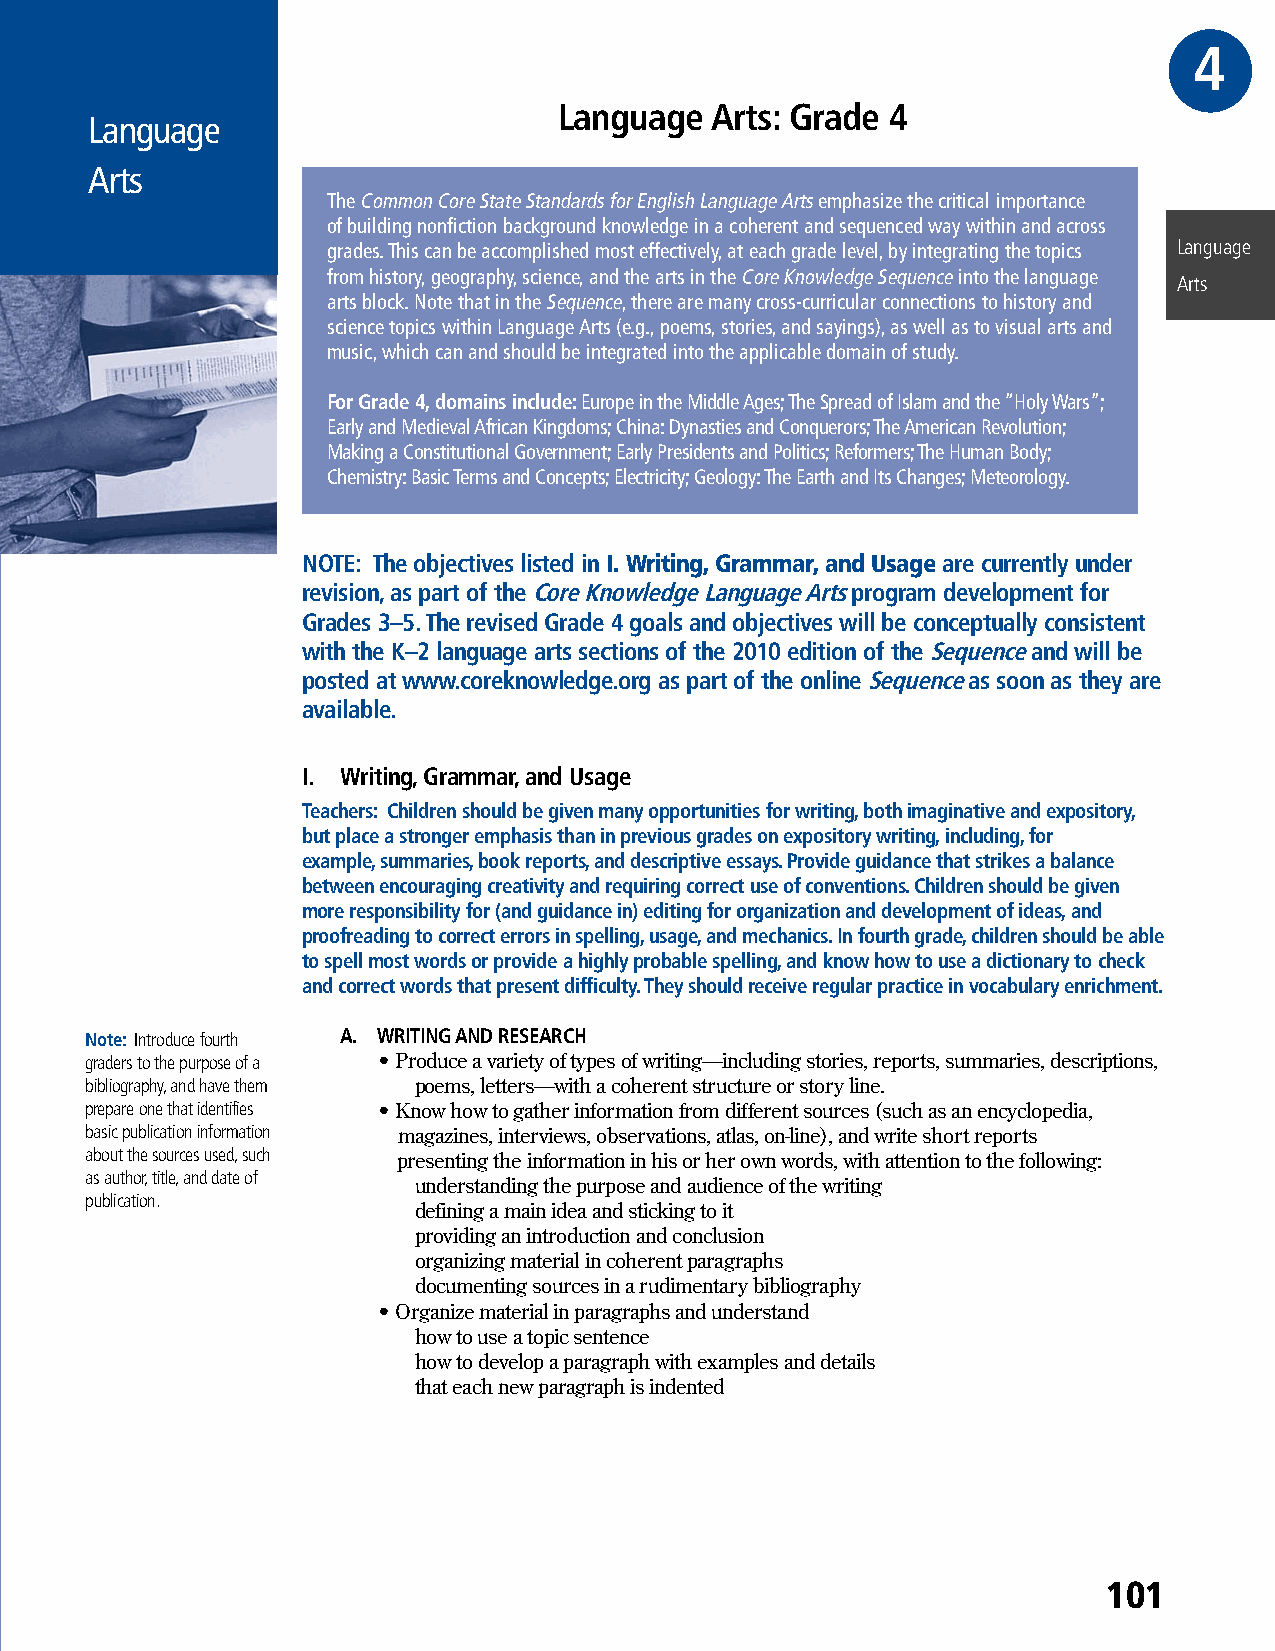
4GR
 Language  Arts: Grade 4
 Language
 Arts
 The Common Core State Standards for English Language Arts emphasize the critical importance
 of building nonfiction background knowledge in a coherent and sequenced way within and across
 grades. This can be accomplished most effectively, at each grade level, by integrating the topics Language
 from history, geography, science, and the arts in the Core Knowledge Sequence into the language
 Arts
 arts block. Note that in the Sequence, there are many cross-curricular connections to history and
 science topics within Language Arts (e.g., poems, stories, and sayings), as well as to visual arts and
 music, which can and should be integrated into the applicable domain of study.
 For Grade 4, domains include: Europe in the Middle Ages; The Spread of Islam and the “Holy Wars”;
 Early and Medieval African Kingdoms; China: Dynasties and Conquerors; The American Revolution;
 Making a Constitutional Government; Early Presidents and Politics; Reformers; The Human Body;
 Chemistry: Basic Terms and Concepts; Electricity; Geology: The Earth and Its Changes; Meteorology.
 NOTE: The objectives listed in I. Writing, Grammar, and Usage are currently under
 revision, as part of the Core Knowledge Language Arts program development for
 Grades 3–5. The revised Grade 4 goals and objectives will be conceptually consistent
 with the K–2 language arts sections of the 2010 edition of the Sequence and will be
 posted at www.coreknowledge.org as part of the online Sequence as soon as they are
 available.
 I. Writing, Grammar, and Usage
 Teachers: Children should be given many opportunities for writing, both imaginative and expository,
 but place a stronger emphasis than in previous grades on expository writing, including, for
 example, summaries, book reports, and descriptive essays. Provide guidance that strikes a balance
 between encouraging creativity and requiring correct use of conventions. Children should be given
 more responsibility for (and guidance in) editing for organization and development of ideas, and
 proofreading to correct errors in spelling, usage, and mechanics. In fourth grade, children should be able
 to spell most words or provide a highly probable spelling, and know how to use a dictionary to check
 and correct words that present difficulty. They should receive regular practice in vocabulary enrichment.
 Note: Introduce fourth A. WRITING AND RESEARCH
 graders to the purpose of a • Produce a variety of types of writing—including stories, reports, summaries, descriptions,
 bibliography, and have them poems, letters—with a coherent structure or story line.
 prepare one that identifies • Know how to gather information from different sources (such as an encyclopedia,
 basic publication information magazines, interviews, observations, atlas, on-line), and write short reports
 about the sources used, such presenting the information in his or her own words, with attention to the following:
 as author, title, and date of
 understanding the purpose and audience of the writing
 publication.
 defining a main idea and sticking to it
 providing an introduction and conclusion
 organizing material in coherent paragraphs
 documenting sources in a rudimentary bibliography
 • Organize material in paragraphs and understand
 how to use a topic sentence
 how to develop a paragraph with examples and details
 that each new paragraph is indented
 101